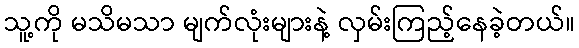
သူ့ကို မသိမသာ မျက်လုံးများနဲ့ လှမ်းကြည့်နေခဲ့တယ်။